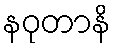
နဝုတာနိ